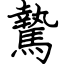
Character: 騺